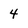
Character: 4